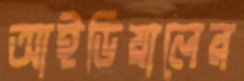
আইডিয়ালের